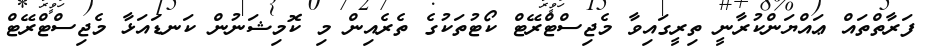
ފަރާތްތައް ޢައްޔަންކުރާނީ ތިރީގައިވާ މެޖިސްޓްރޭޓް ކޯޓުތަކުގެ ތެރެއިން މި ކޮމިޝަނުން ކަނޑައަޅާ މެޖިސްޓްރޭޓް